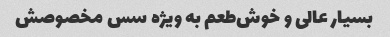
بسیار عالی و خوش‌طعم به ویژه سس مخصوصش